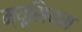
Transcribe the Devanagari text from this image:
म्यूसियम